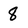
Character: 8